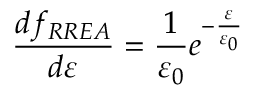
\frac { d f _ { R R E A } } { d \varepsilon } = \frac { 1 } { \varepsilon _ { 0 } } e ^ { - \frac { \varepsilon } { \varepsilon _ { 0 } } }